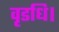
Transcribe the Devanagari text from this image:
वृडधि।